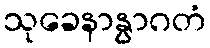
သုခေနာနွာဂတံ